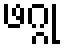
ဖဂ္ဂု